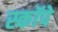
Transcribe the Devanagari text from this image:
स्कॉपे